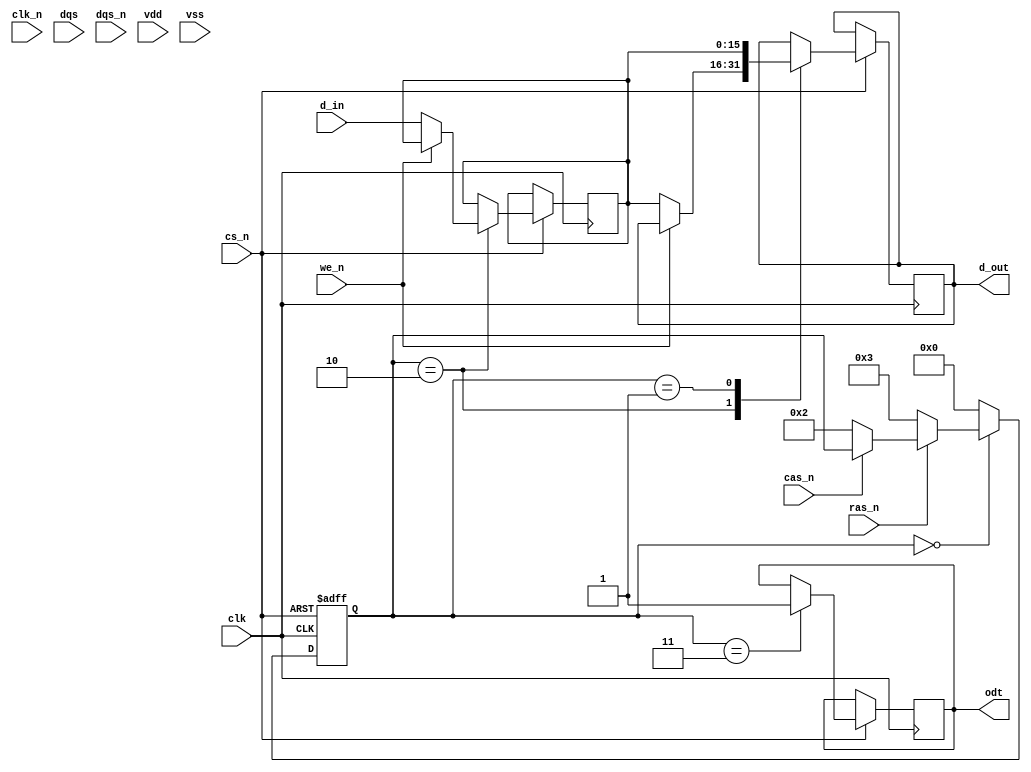
module ddr2_sdram_io (
    input  wire        clk,        // Differential clock input
    input  wire        clk_n,      // Differential clock inverted
    input  wire        cs_n,       // Chip Select active low
    input  wire        ras_n,      // Row Address Strobe active low
    input  wire        cas_n,      // Column Address Strobe active low
    input  wire        we_n,       // Write Enable active low
    input  wire [15:0] d_in,       // Data input
    output reg [15:0] d_out,       // Data output
    input  wire        dqs,        // Data Strobe
    input  wire        dqs_n,      // Data Strobe inverted
    output reg        odt,         // On-Die Termination
    input  wire        vdd,        // Power Supply
    input  wire        vss         // Ground
);

    // Register to hold internal data
    reg [15:0] internal_data;
    
    // Timing control signals
    reg [3:0] command_state; // State for command sequence

    localparam IDLE      = 4'd0, 
               READ      = 4'd1,
               WRITE     = 4'd2,
               INIT      = 4'd3;

    // Initialize internal state
    initial begin
        command_state = IDLE;
        odt = 1'b0; // Disable ODT initially
    end

    // Control FSM for command sequence
    always @(posedge clk or negedge cs_n) begin
        if (!cs_n) begin
            // Chip select active, reset state
            command_state <= IDLE;
        end else begin
            case (command_state)
                IDLE: begin
                    if (ras_n == 0) begin
                        // Row address strobe detected, transition to INIT/READ
                        command_state <= INIT;
                    end else if (cas_n == 0) begin
                        // Column address strobe detected, transition to WRITE
                        command_state <= WRITE;
                    end
                end
                
                INIT: begin
                    // Initialization sequence (simplified)
                    odt <= 1'b1;  // Enable ODT
                    command_state <= IDLE;  // Idle after init
                end
                
                WRITE: begin
                    // Write operation
                    if (we_n == 0) begin
                        internal_data <= d_in; // Capture incoming data
                        d_out <= internal_data; // Output data to memory controller
                    end
                    command_state <= IDLE; // Return to idle
                end
                
                READ: begin
                    // Read operation (simplified)
                    d_out <= internal_data; // Output to the memory controller
                    command_state <= IDLE; // Return to idle
                end
                
                default: command_state <= IDLE;
            endcase
        end
    end

    // Data strobe management (not fully realized)
    always @(posedge dqs) begin
        // Typically, you'd latch or sample DQ lines on DQS signal edges
    end

    // Additional implementation specifics would go here
endmodule